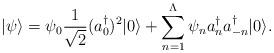
LaTeX: \begin{align*}|\psi\rangle =\psi_{0}{1\over \sqrt{2}}(a_{0}^{\dagger})^{2}|0\rangle+\sum_{n=1}^{\Lambda}\psi_{n}a_{n}^{\dagger}a_{-n}^{\dagger}|0\rangle.\end{align*}